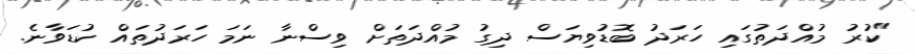
"ކުރު މުއްދަތުގައި ހަރަދު ބޮޑުވިޔަސް ދިގު މުއްދަތަށް ވިސްނާ ނަމަ ހަރަދުތައް ކުޑަވާނެ.